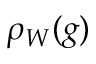
\rho _ { W } ( g )